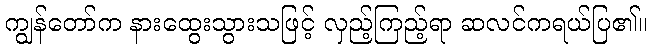
ကျွန်တော်က နားထွေးသွားသဖြင့် လှည့်ကြည့်ရာ ဆလင်ကရယ်ပြ၏။